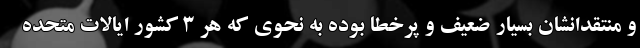
و منتقدانشان بسیار ضعیف و پرخطا بوده به نحوی که هر 3 کشور ایالات متحده